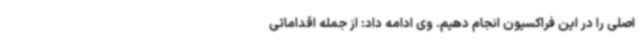
اصلی را در این فراکسیون انجام دهیم. وی ادامه داد: از جمله اقداماتی